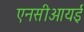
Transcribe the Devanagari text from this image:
एनसीआयई